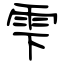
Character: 雫